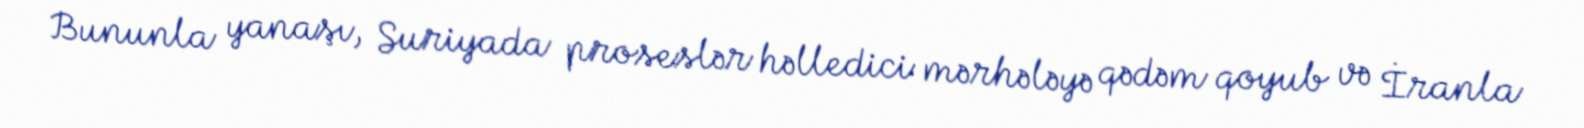
Bununla yanaşı, Suriyada proseslər həlledici mərhələyə qədəm qoyub və İranla